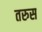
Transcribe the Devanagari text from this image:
तरुस